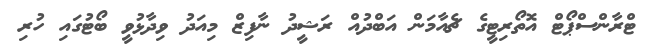
ޓްރާންސްޕޯޓް އޮތޯރިޓީގެ ޗެއާމަން އަބްދުއް ރަޝީދު ނާފިޒް މިއަދު ވިދާޅުވީ ބޯޓުގައި ހުރި